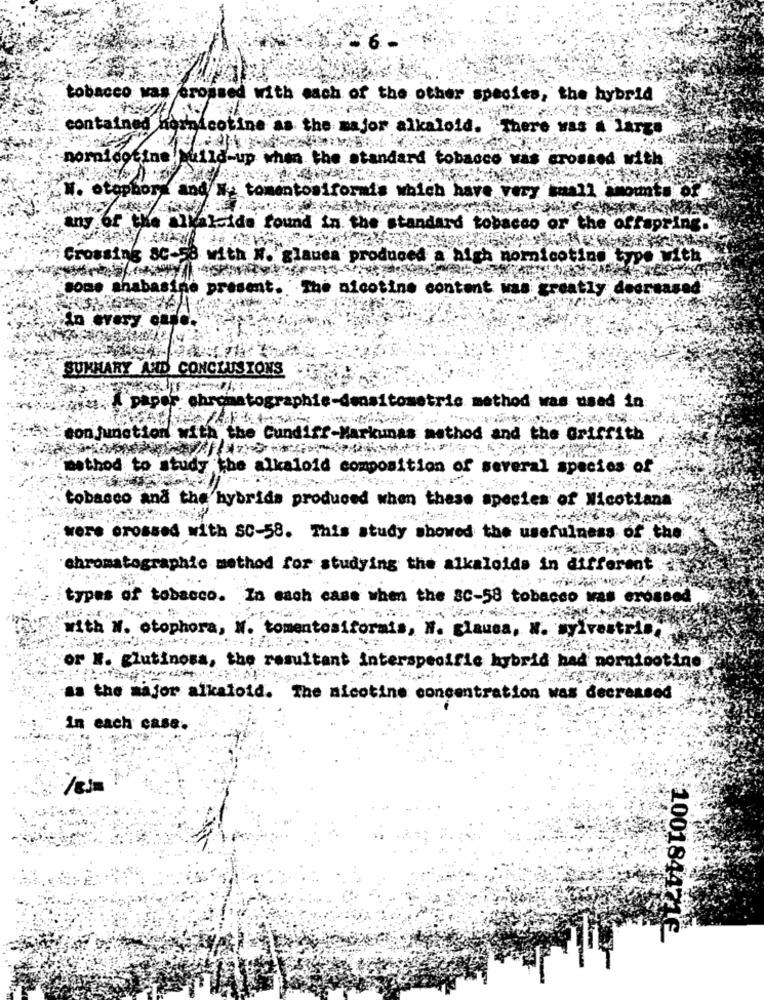
tobacco was crossed with each of the other species, the hybrid
contained hornicotine as the major alkaloid. There was a large
nornicotine
uild-up when the standard tobacco was crossed with
topb
tomentosiformis which have very small amounts
of the
Icida found in the standard tobacco or the offspring.
Crossing SC-F
with
glauea produced a high nornicotine type with
shabasine present.
. The nicotine content was greatly decreased
very.
SUMMARY
AND CONCLUSIONS
A paper oh
atographie-densitometrie method was used in
conjunction with the Cundiff-Markunas method and the Griffith
method to study
the alkaloid composition of several species of
tobacco and the hybrids produced when these species of Nicotiana
were crossed with SC-58. This study showed the usefulness of the
chromatographie method for studying the alkaloids in different
types of tobacco. In each case when the SC-58 tobacco was crossed
with N. otophora, W. tomentosiformis, N. glauca, N. sylvestris.
or M. glutinosa, the resultant interspecific hybrid had nornipotino
as the major alkaloid. The nicotine concentration was decreased
in each case.
1001844716